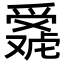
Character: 𬋴